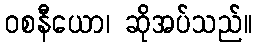
ဝစနီယော၊ ဆိုအပ်သည်။